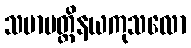
သမာပတ္တိနယကုသလော